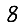
Digit: 8